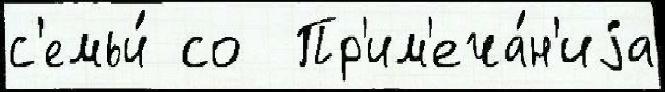
с'емьи́ со  Пр'им'еча́н'иjа